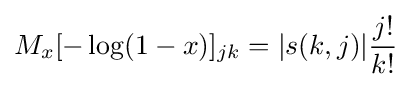
M_{x}[-\log(1-x)]_{jk}=|s(k,j)|{\frac {j!}{k!}}